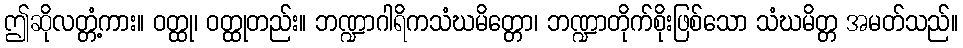
ဤဆိုလတ္တံ့ကား။ ဝတ္ထု၊ ဝတ္ထုတည်း။ ဘဏ္ဍာဂါရိကသံဃမိတ္တော၊ ဘဏ္ဍာတိုက်စိုးဖြစ်သော သံဃမိတ္တ အမတ်သည်။